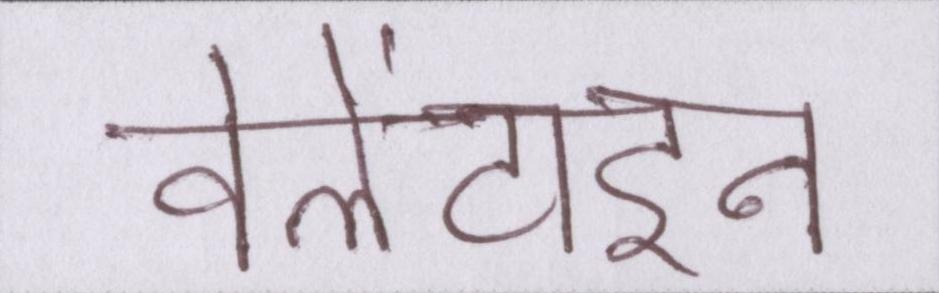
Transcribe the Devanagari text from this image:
वेलेंटाइन